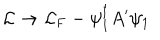
{ \cal L } \rightarrow { \cal L } _ { \mathrm { F } } - \psi _ { 1 } ^ { \dagger } A ^ { \prime } \psi _ { 1 }